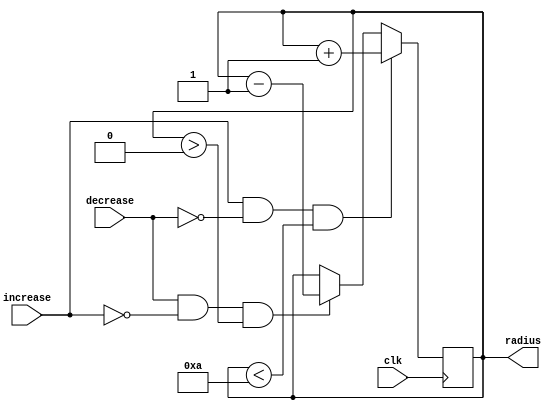
`timescale 1ns / 1ps
//////////////////////////////////////////////////////////////////////////////////
// Company: 
// Engineer: 
// 
// Design Name: 
// Module Name:    radius 
// Project Name: 
// Target Devices: 
// Tool versions: 
// Description: 
//
// Dependencies: 
//
// Revision: 
// Revision 0.01 - File Created
// Additional Comments: 
//
//////////////////////////////////////////////////////////////////////////////////
module radius(
    input clk,
    input increase,
    input decrease,
    output reg [4:0] radius = 0
    );
	 
	 parameter MAX_RADIUS = 10;
	 
	 always @(posedge clk) begin
		if(increase && !decrease && radius < MAX_RADIUS) begin
			radius <= radius + 4'd1;
		end
		else if(decrease && !increase && radius > 0) begin
			radius <= radius - 4'd1;
		end
	 end


endmodule